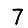
Digit: 7